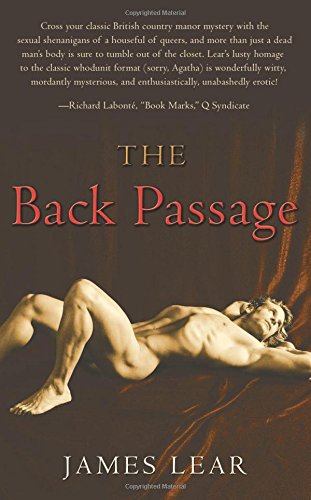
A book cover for The Back Passage; James Lear; Romance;